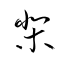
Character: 棐